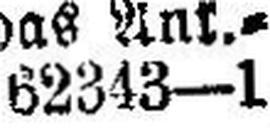
62343—1